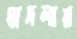
মাদলায়